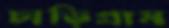
চাড়িগ্রাম